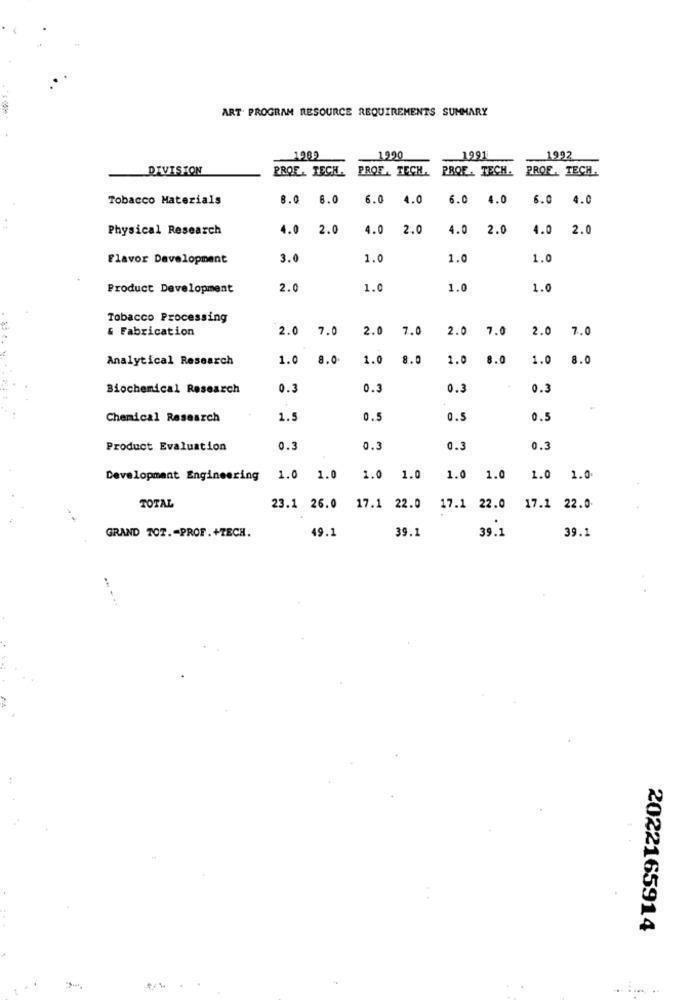
ART. PROGRAM RESOURCE REQUIREMENTS SUMMARY
1989
1990
1991
1992
DIVISION
PROF. TECH.
PROF. TECH.
PROF. TECH. PROF. TECH.
Tobacco Materials
8.0 8.0
6.0 4.0
6.0 4.0 6.0 4.0
Physical Research
4.0 2.0
4.0 2.0
4.0 2.0
4.0 2.0
Flavor Development
3.0
1.0
1.0
1.0
Product Development
2.0
1.0
1.0
1.0
Tobacco Processing
& Fabrication
2.0 7.0
2.0 7.0
2.0
7.0
2.0 7.0
Analytical Research
1.0
8.0.
1.0
8.0
1.0
8.0
1.0 8.0
Biochemical Research
0.3
0.3
0.3
0.3
Chemical Research
1.
0.5
0.5
0.5
Product Evaluation
0.3
0.3
0.3
0.3
Development Engineering 1.0 1.0
1.0 1.0
1.0 1.0
1.0 1.0.
TOTAL
23.1 26.0
17.1 22.0
17.1 22.0 17.1 22.0
49.1
39.1
39.1
GRAND TOT .- PROF. +TECH.
39.1
2022165914